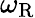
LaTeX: \omega_{\textup{R}}